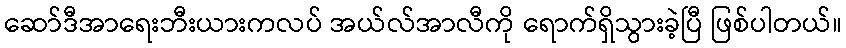
ဆော်ဒီအာရေးဘီးယားကလပ် အယ်လ်အာလီကို ရောက်ရှိသွားခဲ့ပြီ ဖြစ်ပါတယ်။